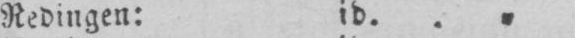
Redingen: id.. „